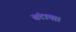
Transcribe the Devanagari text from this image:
बंटाया।